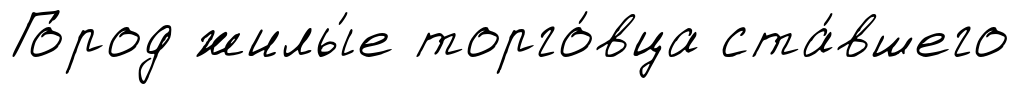
Го́род жилы́е торго́вца ста́вшего